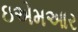
ઇએમઆર